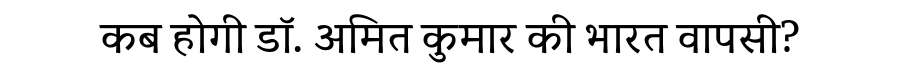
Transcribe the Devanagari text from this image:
कब होगी डॉ. अमित कुमार की भारत वापसी?